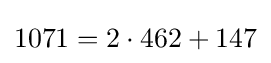
1071=2\cdot 462+147